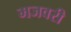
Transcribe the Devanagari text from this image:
मजवरी